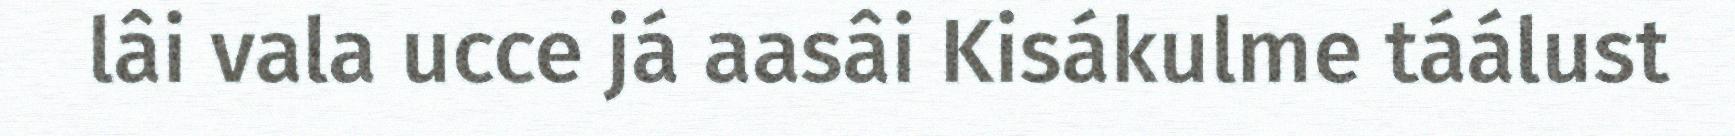
lâi vala ucce já aasâi Kisákulme táálust